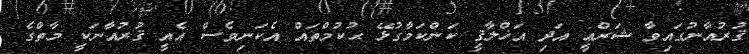
ޤުރުއާނުގައިވާ ޝަރްޢީ އަދި އަޚްލާޤީ ކަންކަމާގުޅޭ ޙުކުމްތައް އެކަނިވެސް އެއީ ޤުރުއާނަކީ މާތްގެ